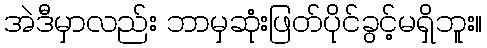
အဲဒီမှာလည်း ဘာမှဆုံးဖြတ်ပိုင်ခွင့်မရှိဘူး။